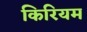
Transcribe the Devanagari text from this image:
किरियम